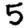
Digit: 5